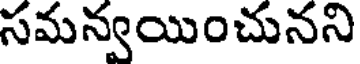
సమన్వయించునని